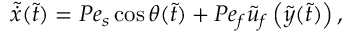
\tilde { \dot { x } } ( \tilde { t } ) = P e _ { s } \cos \theta ( \tilde { t } ) + P e _ { f } \tilde { u } _ { f } \left( \tilde { y } ( \tilde { t } ) \right) ,